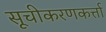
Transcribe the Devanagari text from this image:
सूचीकरणकर्त्ता